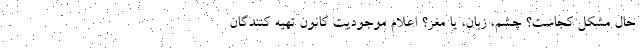
حال مشکل کجاست؟ چشم، زبان، یا مغز؟ اعلام موجودیت کانون تهیه کنندگان